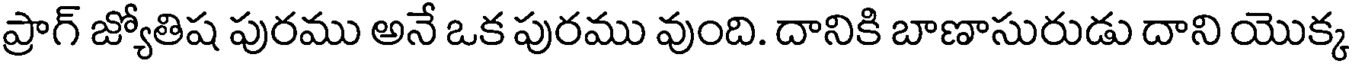
ప్రాగ్ జ్యోతిష పురము అనే ఒక పురము వుంది. దానికి బాణాసురుడు దాని యొక్క